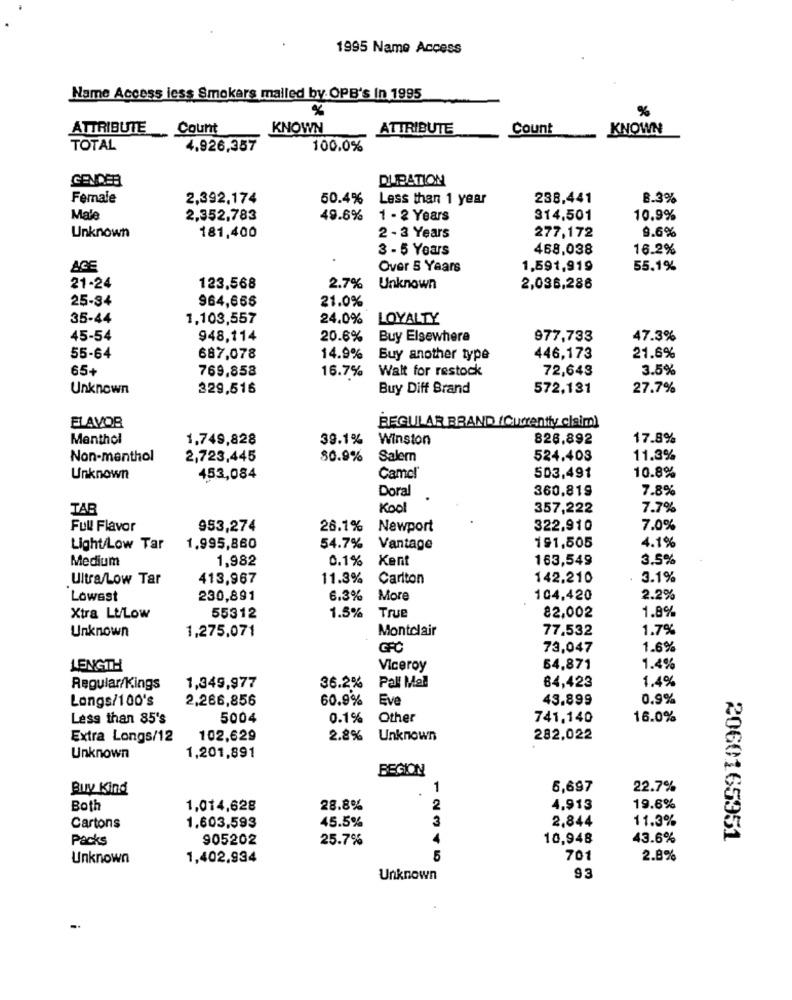
1995 Name Access
Name Access less Smokers malled by OPB's In 1995
%%
ATTRIBUTE Count
KNOWN
ATTRIBUTE
Count
KNOWN
TOTAL
4.926,357
100.0%
GENDER
DURATION
Female
2,392,174
50.4%
Less than 1 year
238,441
8.3%
Male
2,352,783
49.6%
1 - 2 Years
314,501
10.9%
2 - 3 Years
277,172
9.6%
Unknown
181,400
3 - 5 Years
468,038
16.2%
ACE
Over 5 Years
1,591,919
55.1%
21-24
123,568
2.7%
Unknown
2,036,286
25-34
964,656
21.0%
35-44
1,103,557
24.0%
LOYALTY
45-54
948,114
20.6%
Buy Elsewhere
977,733
47.3%
55-64
687,078
14.9% Buy another type
446,173
21.6%
65+
769,858
16.7%
Wait for restock
72,643
3.5%
Unknown
329,516
Buy Diff Brand
572,131
27.7%
FLAVOR
REGULAR BRAND (Currently claim)
Menthol
1,749,828
39.1%
Winston
826,892
17.8%
Non-menthol
2,723,445
80.9%
Salern
524.403
11.3%
10.8%
Unknown
453,084
Camel
503,491
Doral
360,819
7.8%
TAB
Kool
357,222
7.7%
Full Flavor
953,274
26.1%
Newport
322.910
7.0%
191,505
Light/Low Tar
1.995,860
54.7%
Vantage
4.1%
Medium
1,982
0.1%
Kent
163,549
3.5%
Ultra/Low Tar
413,967
11.3%
Carlton
142.210
. 3.1%
Lowest
230,891
6.3%
More
104,420
2.2%
1.8%
Xtra Lt/Low
55312
1.5%
True
82,002
Unknown
1,275,071
Montclair
77.532
1.7%
GFC
73,047
1.6%
LENGTH
Viceroy
54,871
1.4%
1.4%
Regular/Kings
1,349,977
36.2% Pall Mall
64,423
Longs/100's
2,266,856
60.9%
Eve
43.899
0.9%
Less than 85's
5004
0.1%
Other
741,140
16.0%
Extra Longs/12
102,629
2.8%
Unknown
282.022
Unknown
1,201,891
REGION
Buy Kind
1
5,697
22.7%
Both
1,014,628
28.8%
2
4,913
19.6%
Cartons
45.5%
3
2,844
11.3%
1.603,593
Packs
905202
25.7%
4
10,948
43.6%
2060165951
Unknown
1,402.934
5
701
2.8%
Unknown
93